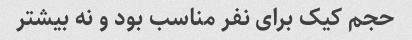
حجم کیک برای نفر مناسب بود و نه بیشتر